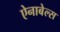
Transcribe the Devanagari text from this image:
ऐनाबेल्स